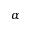
\alpha